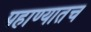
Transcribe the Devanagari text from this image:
पहाण्यातच